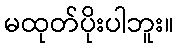
မထုတ်ပိုးပါဘူး။